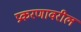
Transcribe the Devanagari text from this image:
प्रकरणावरील